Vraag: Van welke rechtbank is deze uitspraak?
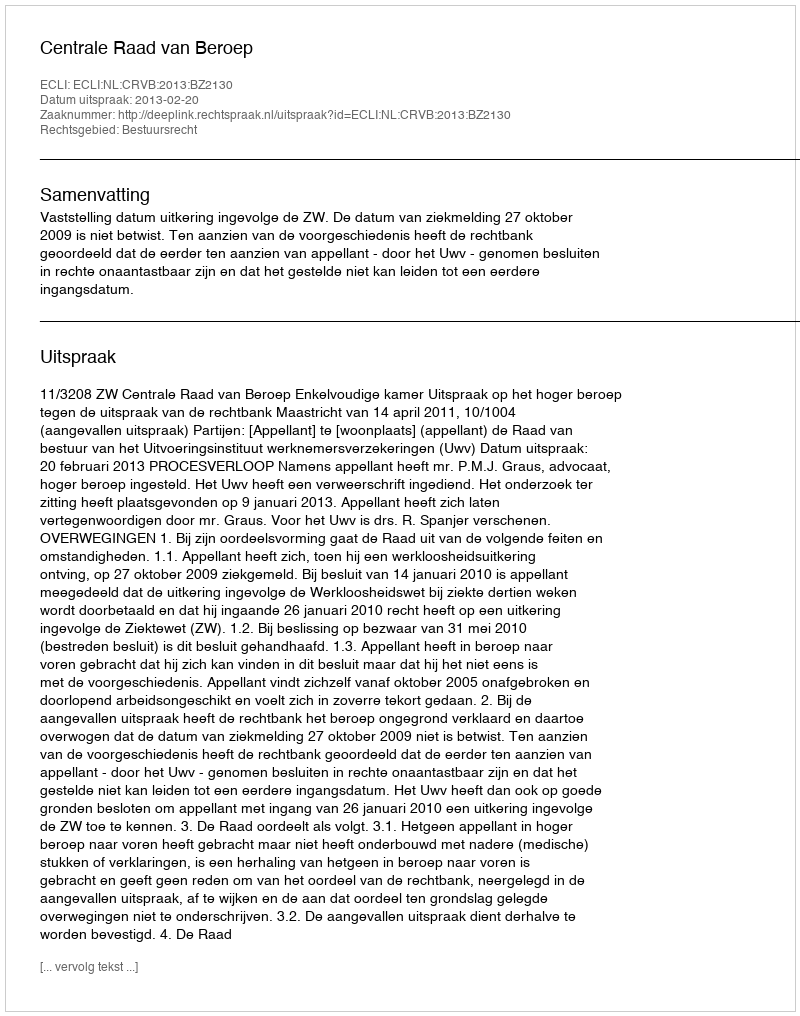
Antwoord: Centrale Raad van Beroep